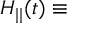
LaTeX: H _ { | | } ( t ) \equiv